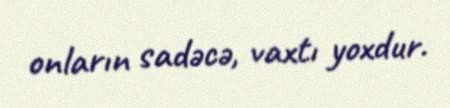
onların sadəcə, vaxtı yoxdur.